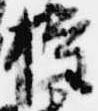
権